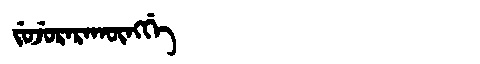
Manchu: ᠵᡠᠵᡠᡵᠠᡵᠠᡴᡡᠩᡤᡝ
Romanization: JUJURARAKŪNGGE